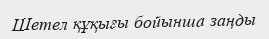
Шетел құқығы бойынша заңды